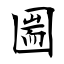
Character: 圌